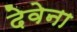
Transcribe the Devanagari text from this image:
देवेना